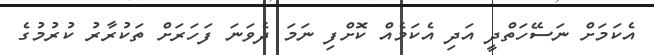
އެކަމަށް ނަސޭހަތްދީ އަދި އެކަމެއް ކޮށްފި ނަމަ ދެވަނަ ފަހަރަށް ތަކުރާރު ކުރުމުގެ